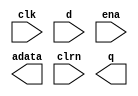
module soft(clk, d, ena, adata, clrn, q);
  input clk;
  input d;
  input ena;
  input clrn;
  output adata;
  output q;
endmodule